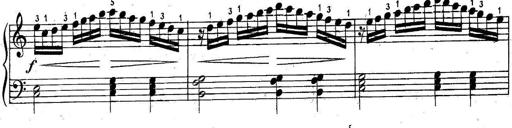
Title: 6 Easy Sonatinas
Composer: Carl Czerny